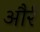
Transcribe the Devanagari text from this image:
और्र